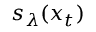
s _ { \lambda } ( x _ { t } )